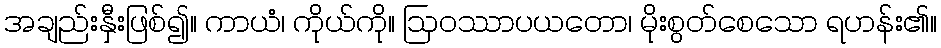
အချည်းနှီးဖြစ်၍။ ကာယံ၊ ကိုယ်ကို။ ဩဝဿာပယတော၊ မိုးစွတ်စေသော ရဟန်း၏။